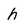
Character: h